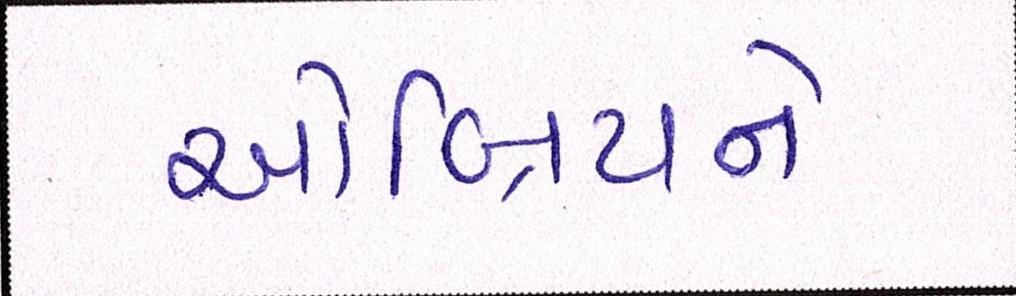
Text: ઓબ્રિયને